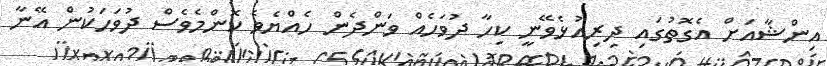
އިންޝާއަށް އެގޮތުގައި ދިރިއުޅެވޭނީ ކިހާ ދުވަހެއް ވަންދެން ހެއްޔެވެ ކޮންމެވެސް ދުވަހަކުން އޭނާ